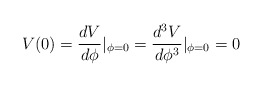
\begin{align*}V(0)=\frac{dV}{d\phi}|_{\phi=0}=\frac{d^3V}{d\phi^3}|_{\phi=0}=0\end{align*}